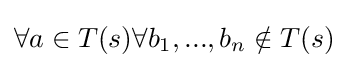
\forall a\in T(s)\forall b_{1},...,b_{n}\notin T(s)